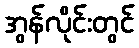
အွန်လိုင်းတွင်